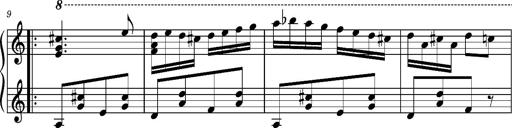
Title: Ungarischer Romanzero
Composer: Franz Liszt